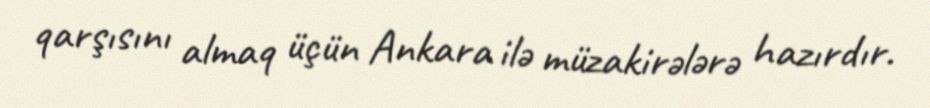
qarşısını almaq üçün Ankara ilə müzakirələrə hazırdır.